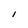
Character: l